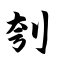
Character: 刳